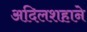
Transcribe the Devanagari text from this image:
अदिलशहाने